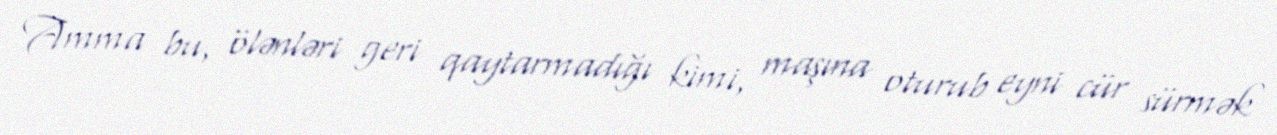
Amma bu, ölənləri geri qaytarmadığı kimi, maşına oturub eyni cür sürmək